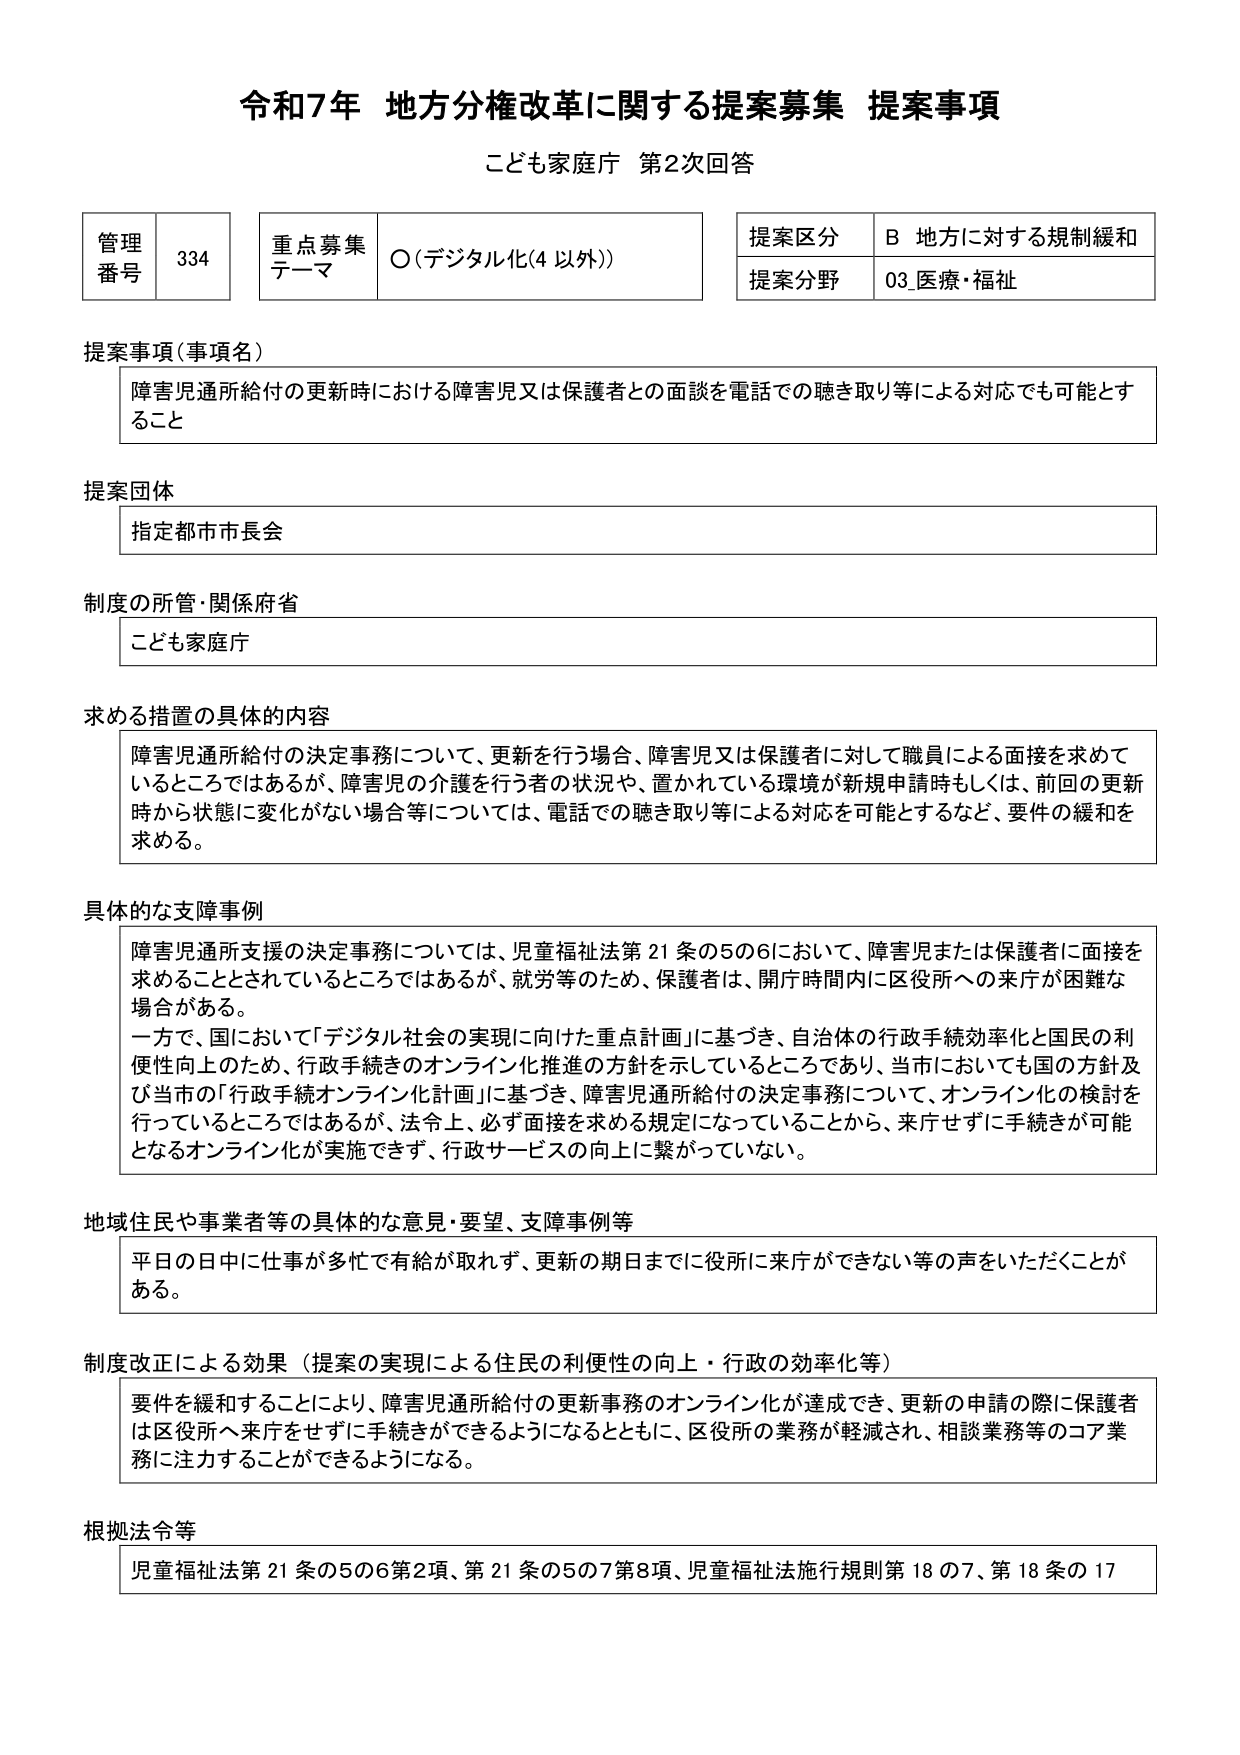
令和7年 地方分権改革に関する提案募集 提案事項
こども家庭庁 第2次回答

管理番号 334
重点募集テーマ ○（デジタル化（4 以外））
提案区分 B 地方に対する規制緩和
提案分野 03_医療・福祉

提案事項（事項名）
障害児通所給付の更新時における障害児又は保護者との面談を電話での聴き取り等による対応でも可能とすること

提案団体
指定都市市長会

制度の所管・関係府省
こども家庭庁

求める措置の具体的内容
障害児通所給付の決定事務について、更新を行う場合、障害児又は保護者に対して職員による面接を求めているところではあるが、障害児の介護を行う者の状況や、置かれている環境が新規申請時もしくは、前回の更新時から状態に変化がない場合等については、電話での聴き取り等による対応を可能とするなど、要件の緩和を求める。

具体的な支障事例
障害児通所支援の決定事務については、児童福祉法第21条の5の6において、障害児または保護者に面接を求めることとされているところではあるが、就労等のため、保護者は、開庁時間内に区役所への来庁が困難な場合がある。
一方で、国において「デジタル社会の実現に向けた重点計画」に基づき、自治体の行政手続効率化と国民の利便性向上のため、行政手続きのオンライン化推進の方針を示しているところであり、当市においても国の方針及び当市の「行政手続オンライン化計画」に基づき、障害児通所給付の決定事務について、オンライン化の検討を行っているところではあるが、法令上、必ず面接を求める規定になっていることから、来庁せずに手続きが可能となるオンライン化が実施できず、行政サービスの向上に繋がっていない。

地域住民や事業者等の具体的な意見・要望、支障事例等
平日の日中に仕事が多忙で有給が取れず、更新の期日までに役所に来庁ができない等の声をいただくことがある。

制度改正による効果（提案の実現による住民の利便性の向上・行政の効率化等）
要件を緩和することにより、障害児通所給付の更新事務のオンライン化が達成でき、更新の申請の際に保護者は区役所へ来庁をせずに手続きができるようになるとともに、区役所の業務が軽減され、相談業務等のコア業務に注力することができるようになる。

根拠法令等
児童福祉法第21条の5の6第2項、第21条の5の7第8項、児童福祉法施行規則第18の7、第18条の17